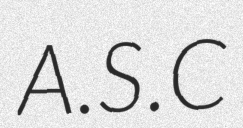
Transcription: A.S.C